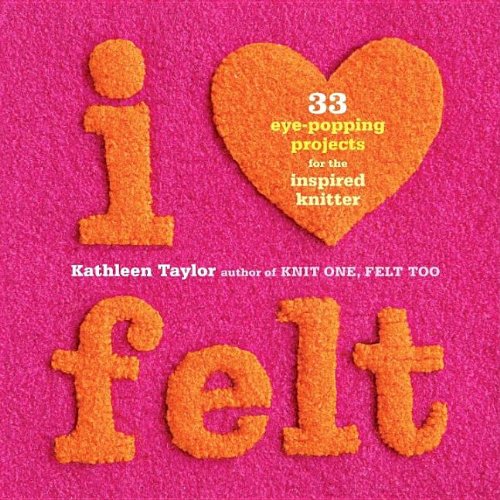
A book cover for I Heart Felt: 33 Eye-Popping Projects for the Inspired Knitter; Kathleen Taylor; Crafts, Hobbies & Home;